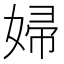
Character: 婦